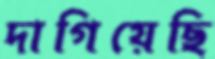
দাগিয়েছি